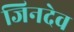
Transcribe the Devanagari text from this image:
जिनदेव